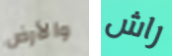
والأرض راش